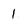
Character: 1